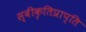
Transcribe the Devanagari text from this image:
स्वीकृतिप्राप्ति